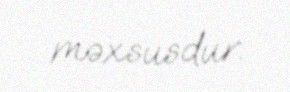
məxsusdur.